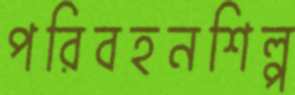
পরিবহনশিল্প